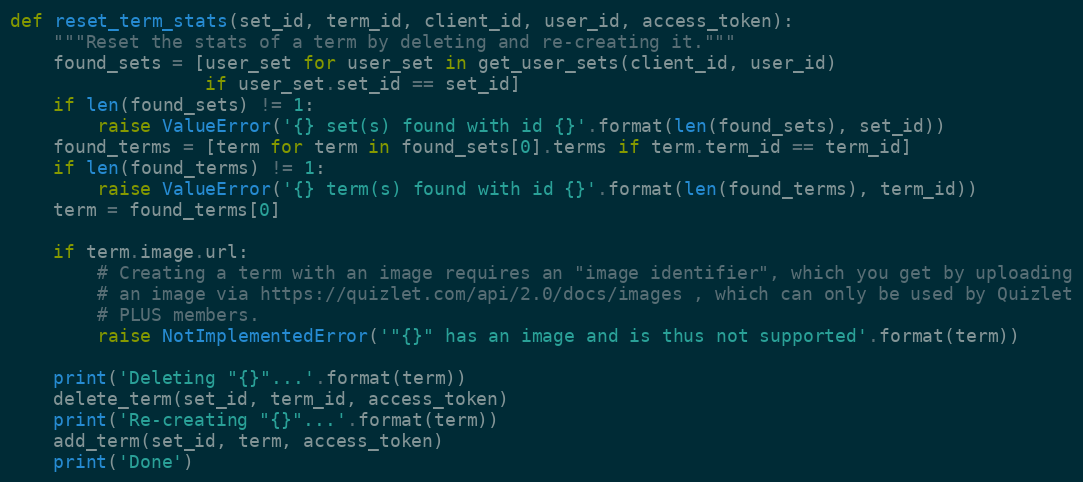
Language: Python
def reset_term_stats(set_id, term_id, client_id, user_id, access_token):
    """Reset the stats of a term by deleting and re-creating it."""
    found_sets = [user_set for user_set in get_user_sets(client_id, user_id)
                  if user_set.set_id == set_id]
    if len(found_sets) != 1:
        raise ValueError('{} set(s) found with id {}'.format(len(found_sets), set_id))
    found_terms = [term for term in found_sets[0].terms if term.term_id == term_id]
    if len(found_terms) != 1:
        raise ValueError('{} term(s) found with id {}'.format(len(found_terms), term_id))
    term = found_terms[0]

    if term.image.url:
        # Creating a term with an image requires an "image identifier", which you get by uploading
        # an image via https://quizlet.com/api/2.0/docs/images , which can only be used by Quizlet
        # PLUS members.
        raise NotImplementedError('"{}" has an image and is thus not supported'.format(term))

    print('Deleting "{}"...'.format(term))
    delete_term(set_id, term_id, access_token)
    print('Re-creating "{}"...'.format(term))
    add_term(set_id, term, access_token)
    print('Done')